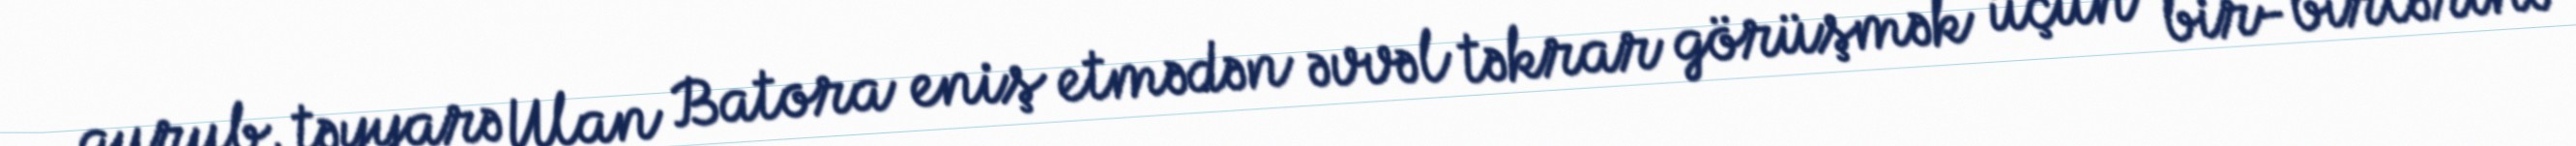
qurub, təyyarə Ulan Batora eniş etmədən əvvəl təkrar görüşmək üçün bir-birlərinə